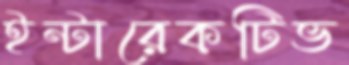
ইন্টারেকটিভ